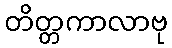
တိတ္တကာလာဗု